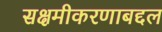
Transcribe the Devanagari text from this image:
सक्षमीकरणाबद्दल